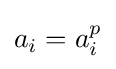
a_{i}=a_{i}^{p}